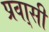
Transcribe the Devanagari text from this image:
प्रवा्सी